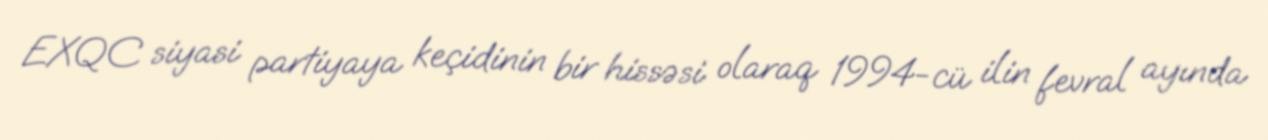
EXQC siyasi partiyaya keçidinin bir hissəsi olaraq 1994-cü ilin fevral ayında